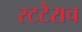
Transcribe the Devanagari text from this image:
स्टटेराच